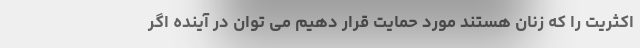
اکثریت را که زنان هستند مورد حمایت قرار دهیم می توان در آینده اگر